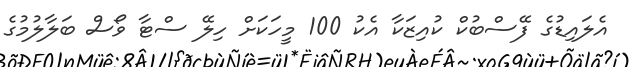
އެލައިޑުގެ ފޭސްބުކް ކުއިޒަކާ އެކު 100 މީހަކަށް ހިލޭ ސްޓާ ވޯސް ބަލާލުމުގެ